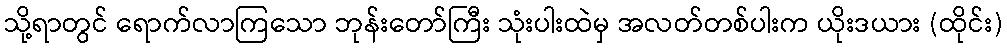
သို့ရာတွင် ရောက်လာကြသော ဘုန်းတော်ကြီး သုံးပါးထဲမှ အလတ်တစ်ပါးက ယိုးဒယား (ထိုင်း)